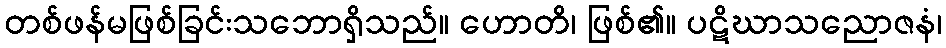
တစ်ဖန်မဖြစ်ခြင်းသဘောရှိသည်။ ဟောတိ၊ ဖြစ်၏။ ပဋိဃာသညောဇနံ၊